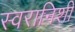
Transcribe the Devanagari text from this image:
स्वरानिशी